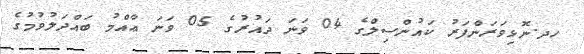
ހދ.ނޮޅިވަރަންފަރު ކައުންސިލްގެ 04 ވަނަ ދައުރުގެ 05 ވަނަ ޢާއްމު ބައްދަލުވުމުގެ